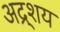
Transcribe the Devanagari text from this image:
अद्र्शय